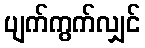
ပျက်ကွက်လျှင်